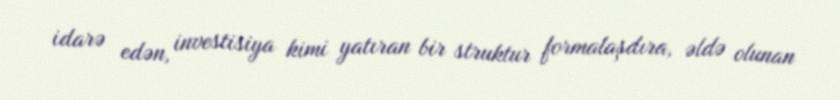
idarə edən, investisiya kimi yatıran bir struktur formalaşdıra, əldə olunan